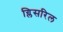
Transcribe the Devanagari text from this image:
ग्लिसरिल